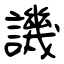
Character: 譏